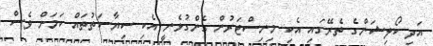
އަދި ކޯލިޝަންގެ ތެރޭގައި އެކި މިނިސްޓަރުން ގެންގުޅެނީ އެކި ސިޔާސަތުތައް ކަމަށް ވެސް